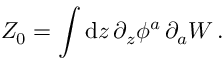
{ \cal Z } _ { 0 } = \int \mathrm { d } z \, \partial _ { z } \phi ^ { a } \, \partial _ { a } { \cal W } \, .